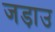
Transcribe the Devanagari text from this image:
जड़ाउ